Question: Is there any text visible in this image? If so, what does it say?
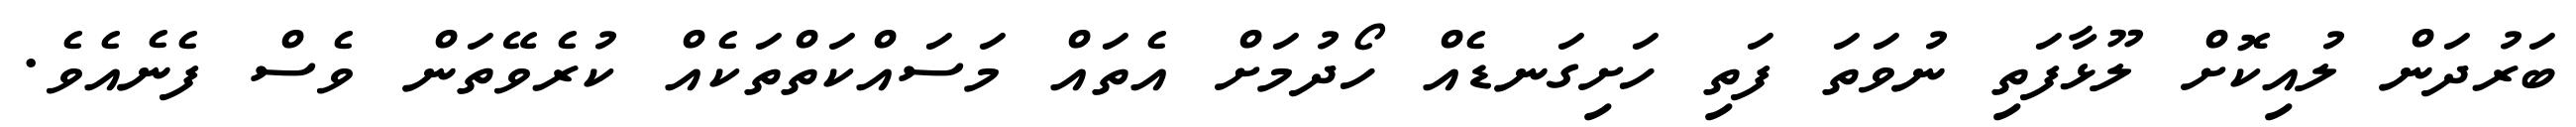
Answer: ބަރުދަން ލުއިކޮށް ލޫޅާފަތި ނުވަތަ ފަތި ހަށިގަނޑެއް ހޯދުމަށް އެތައް މަސައްކަތްތަކެއް ކުރެވޭތަން ވެސް ފެނެއެވެ.